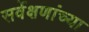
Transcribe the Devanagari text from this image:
सर्वेक्षणांच्या